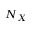
N _ { X }